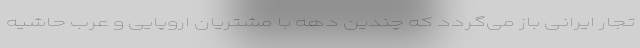
تجار ایرانی باز می‌گردد که چندین دهه با مشتریان اروپایی و عرب حاشیه